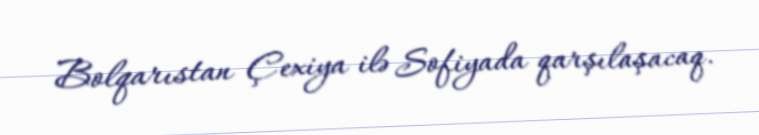
Bolqarıstan Çexiya ilə Sofiyada qarşılaşacaq.